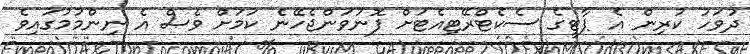
ދުވަހު ކުރިން އެ ޕާޓީގެ ސެކެޓްރޭޓިއެޓަށް ފޮނުވަންޖެހޭނެ ކަމަށް ވެސް އެ ނިންމުމުގައިވެ